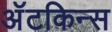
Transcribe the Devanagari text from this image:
अॅटकिन्स